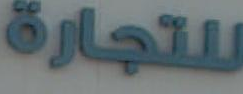
للتجارة